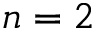
n = 2